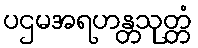
ပဌမအရဟန္တသုတ္တံ